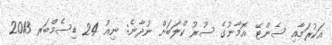
އަކުރަމާއި ސެންޓޭ އޮމާނުގެ ސުރު ކްލަބަށް ނުދާނެ: ނިއު 24 ޑިސެމްބަރ 2013